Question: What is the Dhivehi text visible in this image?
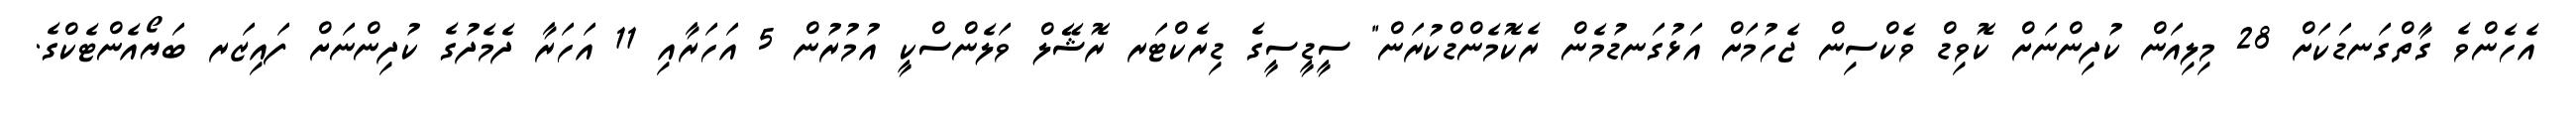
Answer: އެހެންވެ ގާތްގަނޑަކަށް 28 މިލިއަން ކުދިންނަށް ކޮވިޑް ވެކްސިން ޖެހުމަށް އަޅުގަނޑުމެން ރެކޮމެންޑްކުރަން" ސީޑީސީގެ ޑިރެކްޓަރ ރޮޝޭލް ވަލެންސްކީ އުމުރުން 5 އަހަރާއި 11 އަހަރާ ދެމެދުގެ ކުދިންނަށް ފައިޒަރ ބަޔޯއެންޓެކްގެ.